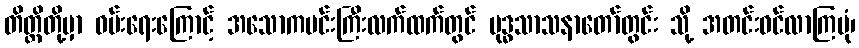
တိတ္ထိတို့မှာ ဝမ်းရေးကြောင့် အသောကမင်းကြီးလက်ထက်တွင် ဗုဒ္ဓသာသနာတော်တွင်း သို့ အတင်းဝင်လာကြပုံ၊